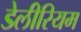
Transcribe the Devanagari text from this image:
डेलीरियम